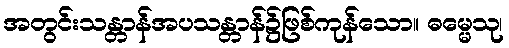
အတွင်းသန္တာန်အပသန္တာန်၌ဖြစ်ကုန်သော။ ဓမ္မေသု၊